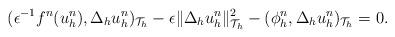
LaTeX: \begin{align*}(\epsilon^{-1}f^n(u^n_h),\Delta_h u^n_h)_{\mathcal{T}_h}-\epsilon\|\Delta_h u_h^n\|^2_{\mathcal{T}_h}-(\phi_h^n,\Delta_h u^n_h)_{\mathcal{T}_h}=0.\end{align*}